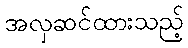
အလှဆင်ထားသည့်